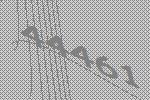
44461